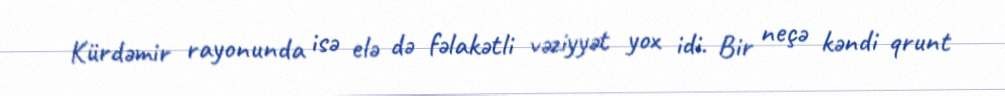
Kürdəmir rayonunda isə elə də fəlakətli vəziyyət yox idi. Bir neçə kəndi qrunt